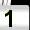
Digit: 1